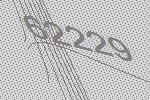
62229